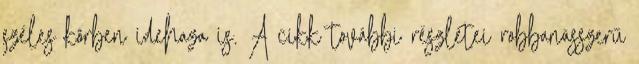
széles körben idehaza is. A cikk további részletei robbanásszerű